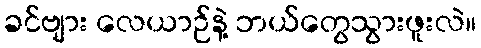
ခင်ဗျား လေယာဉ်နဲ့ ဘယ်တွေသွားဖူးလဲ။